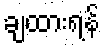
ချထားရန်